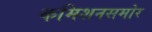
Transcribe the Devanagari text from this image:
कमिशनसमोर